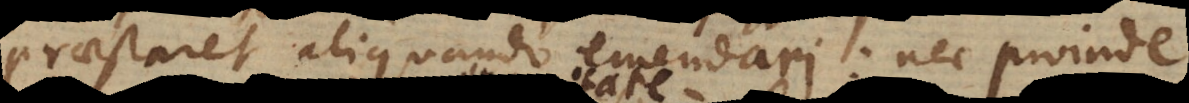
praestaret aliquando emendari; nec proinde